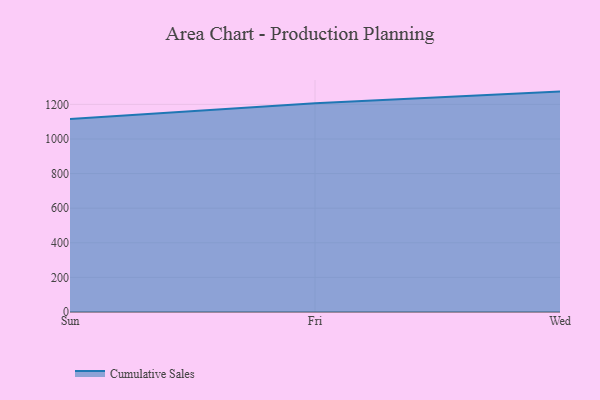
{"axis": {"x": "Day", "y": "Gross Profit (USD K)"}, "legend": ["Cumulative Sales"], "data": [{"x": "Sun", "y": 1116.1, "type": "Cumulative Sales"}, {"x": "Fri", "y": 1206.5, "type": "Cumulative Sales"}, {"x": "Wed", "y": 1273.8, "type": "Cumulative Sales"}]}